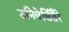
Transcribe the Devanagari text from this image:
उनिवेर्सितैरे